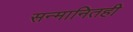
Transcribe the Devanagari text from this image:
सन्मानितही